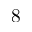
8